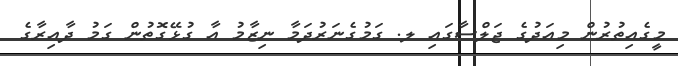
މީގެއިތުރުން މިއަދުގެ ޖަލްސާގައި ލ. ގަމުގެނަރުދަމާ ނިޒާމު އާ ގުޅޭގޮތުން ގަމު ދާއިރާގެ